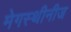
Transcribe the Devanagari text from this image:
मेगस्थीनीज